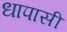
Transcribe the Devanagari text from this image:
धापासी